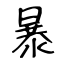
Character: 暴